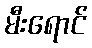
မီးရောင်